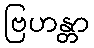
ဗြဟန္တာ